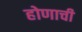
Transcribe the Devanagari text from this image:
होणाची